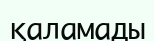
қаламады